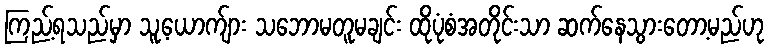
ကြည့်ရသည်မှာ သူ့ယောက်ျား သဘောမတူမချင်း ထိုပုံစံအတိုင်းသာ ဆက်နေသွားတော့မည်ဟု